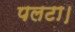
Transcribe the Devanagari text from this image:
पलटा।